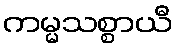
ကမ္မသစ္စာယီ